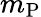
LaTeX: m_{\mathrm{P}}